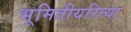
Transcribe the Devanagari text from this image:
भूमितीयरित्या